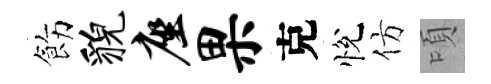
飭貌座果克悅仿頃